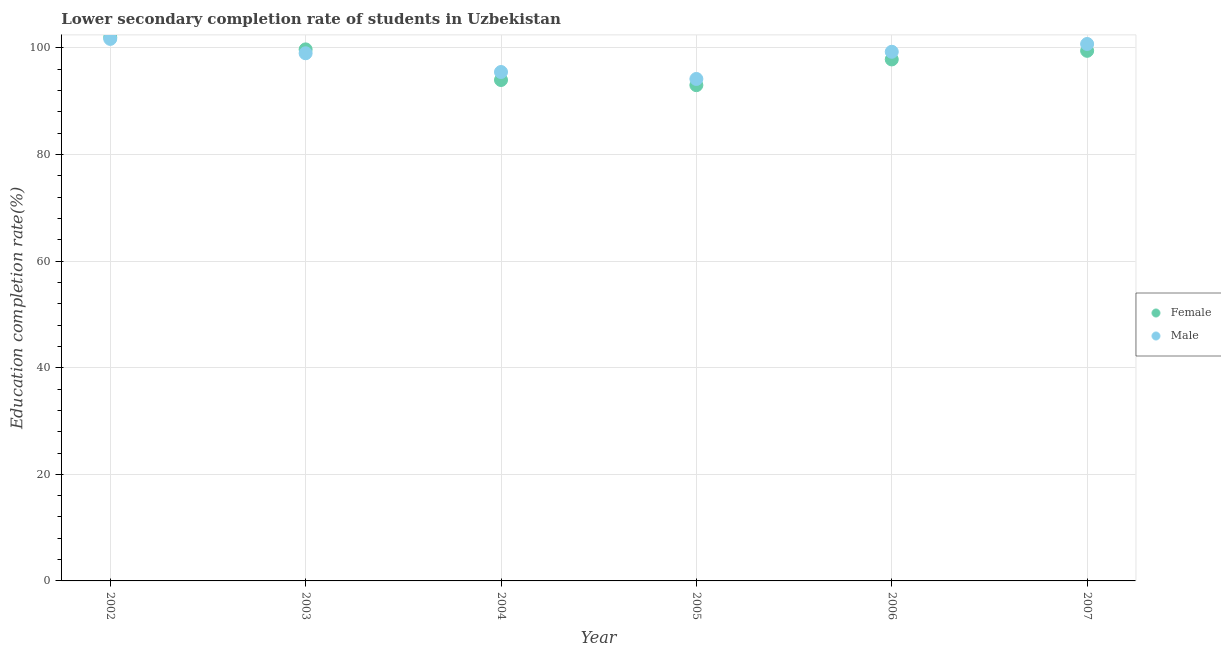
| Year | Female | Male |
 | --- | --- | --- |
 | 2002 | 102 | 102 |
 | 2003 | 99.7 | 99 |
 | 2004 | 94 | 95.5 |
 | 2005 | 93 | 94.2 |
 | 2006 | 97.8 | 99.3 |
 | 2007 | 99.5 | 101 |